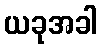
ယခုအခါ